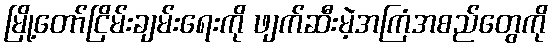
မြို့တော်ငြိမ်းချမ်းရေးကို ဖျက်ဆီးမဲ့အကြံအစည်တွေကို